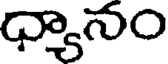
ధ్యానం